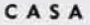
CASA